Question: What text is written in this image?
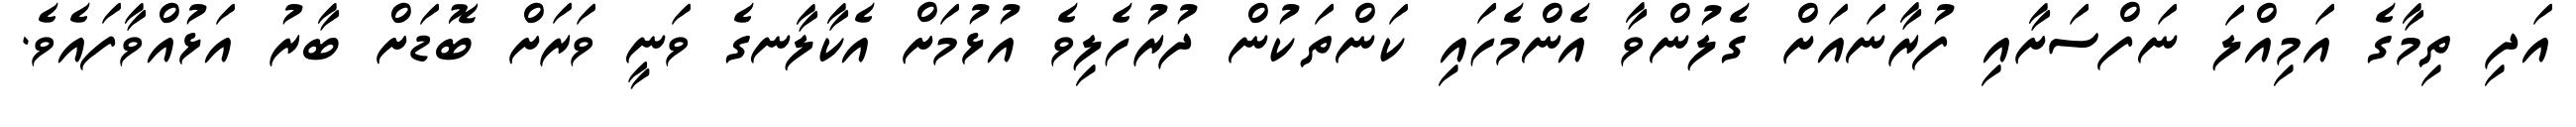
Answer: އަދި ތިމާގެ އަމިއްލަ ނަފްސަށާއި ފުރާނައަށް ގެލުންވާ އެންމެހައި ކަންތަކުން ދުރުހެލިވެ އުޅުމަށް އެކާލާނގެ ވަނީ ވަރަށް ބޮޑަށް ބާރު އަޅުއްވާފައެވެ.